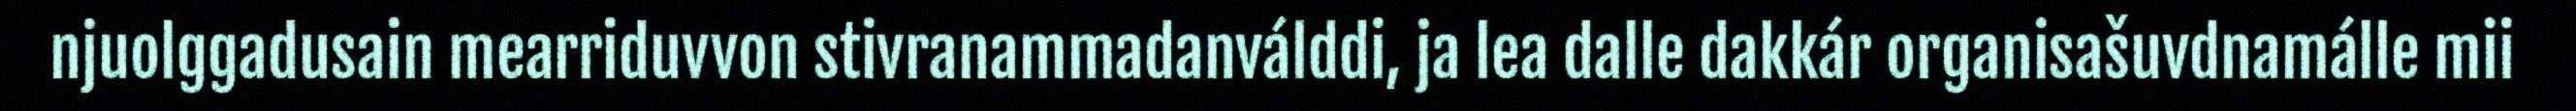
njuolggadusain mearriduvvon stivranammadanválddi, ja lea dalle dakkár organisašuvdnamálle mii